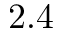
2 . 4